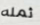
ثمله